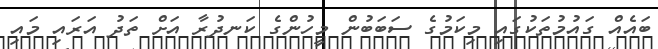
ބައެއް ގައުމުތަކުގައި މިކަމުގެ ސަބަބުން މީހުންގެ ކަނދުރާ އަށް ތަދު އަރައި މައި